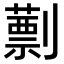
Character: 𠠕